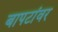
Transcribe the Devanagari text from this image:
बापटांवर